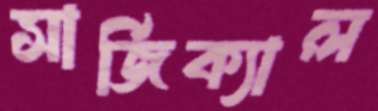
সার্জিক্যাল